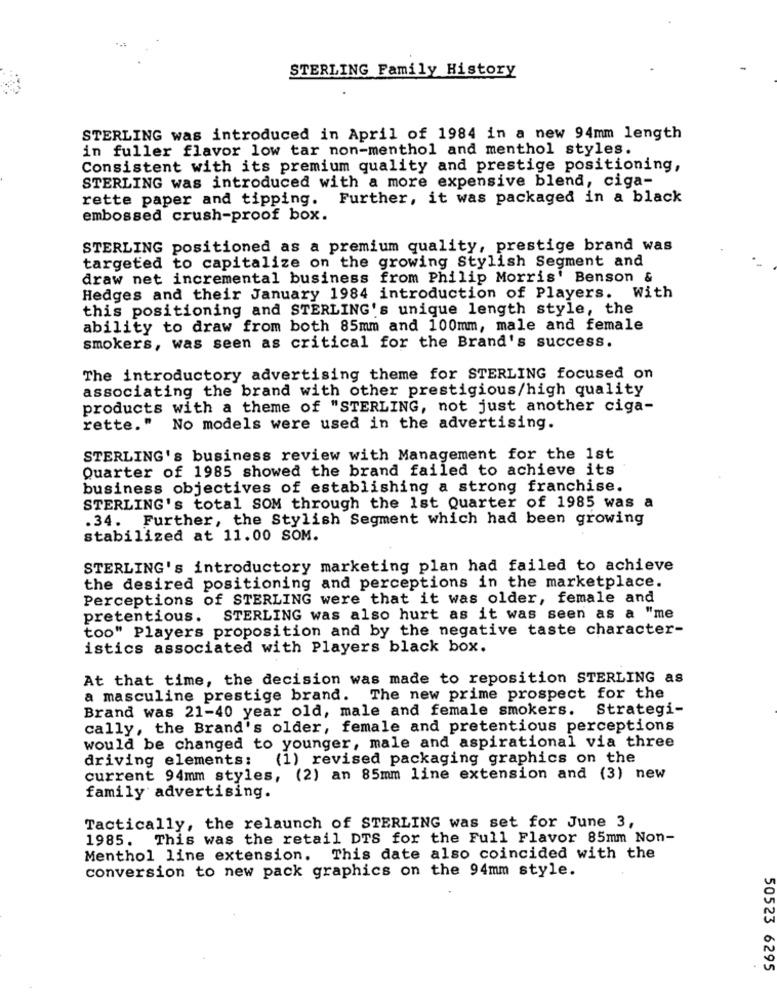
STERLING Family History
STERLING was introduced in April of 1984 in a new 94mm length
in fuller flavor low tar non-menthol and menthol styles.
Consistent with its premium quality and prestige positioning,
STERLING was introduced with a more expensive blend, ciga-
rette paper and tipping. Further, it was packaged in a black
embossed crush-proof box.
STERLING positioned as a premium quality, prestige brand was
targeted to capitalize on the growing Stylish Segment and
draw net incremental business from Philip Morris' Benson &
Hedges and their January 1984 introduction of Players. With
this positioning and STERLING's unique length style, the
ability to draw from both 85mm and 100mm, male and female
smokers, was seen as critical for the Brand's success.
The introductory advertising theme for STERLING focused on
associating the brand with other prestigious/high quality
products with a theme of "STERLING, not just another ciga-
rette." No models were used in the advertising.
STERLING's business review with Management for the 1st
Quarter of 1985 showed the brand failed to achieve its
business objectives of establishing a strong franchise.
STERLING's total SOM through the 1st Quarter of 1985 was a
.34. Further, the Stylish Segment which had been growing
stabilized at 11.00 SOM.
STERLING's introductory marketing plan had failed to achieve
the desired positioning and perceptions in the marketplace.
Perceptions of STERLING were that it was older, female and
pretentious.
STERLING was also hurt as it was seen as a "me
too" Players proposition and by the negative taste character-
istics associated with Players black box.
At that time, the decision was made to reposition STERLING as
a masculine prestige brand. The new prime prospect for the
Brand was 21-40 year old, male and female smokers. Strategi-
cally, the Brand's older, female and pretentious perceptions
would be changed to younger, male and aspirational via three
driving elements:
(1) revised packaging graphics on the
current 94mm styles, (2) an 85mm line extension and (3) new
family advertising.
Tactically, the relaunch of STERLING was set for June 3,
1985. This was the retail DTS for the Full Flavor 85mm Non-
Menthol line extension. This date also coincided with the
conversion to new pack graphics on the 94mm style.
50523 6295